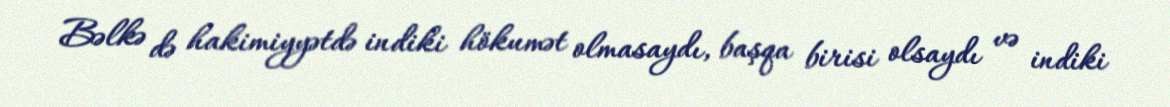
Bəlkə də hakimiyyətdə indiki hökumət olmasaydı, başqa birisi olsaydı və indiki